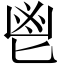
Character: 鬯